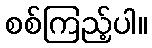
စစ်ကြည့်ပါ။